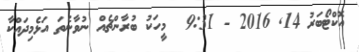
އޮކްޓޯބަރު 14